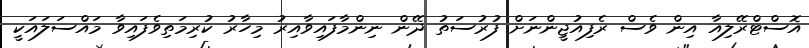
އޮސްޓްރޭލިއާ އިން ވެސް ރެފިއުޖީންނަށް ފުރުސަތު ދޭން ނިންމާފައިވާއިރު މިހާރު ކުރިމަތިވެފައިވާ މައްސަލައަކީ